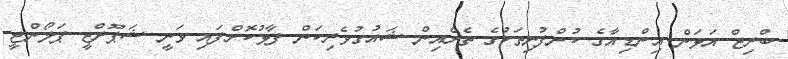
ބްރިޖް އަޅަން އިންޑިއާގެ ކުންފުނިތަކުގެ ތެރެއިން ޝައުގުވެރިކަން ފާޅުކޮށްފައި ވަނީ ޝަޕޫރްޖީ ޕަލޯންޖީ